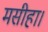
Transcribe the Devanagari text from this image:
मसीहा।